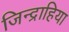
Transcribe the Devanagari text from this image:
जिन्द्राहिया